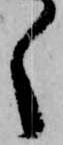
く